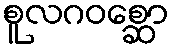
စူလဂဝစ္ဆော